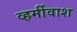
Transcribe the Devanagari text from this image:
व्हर्मीवाश